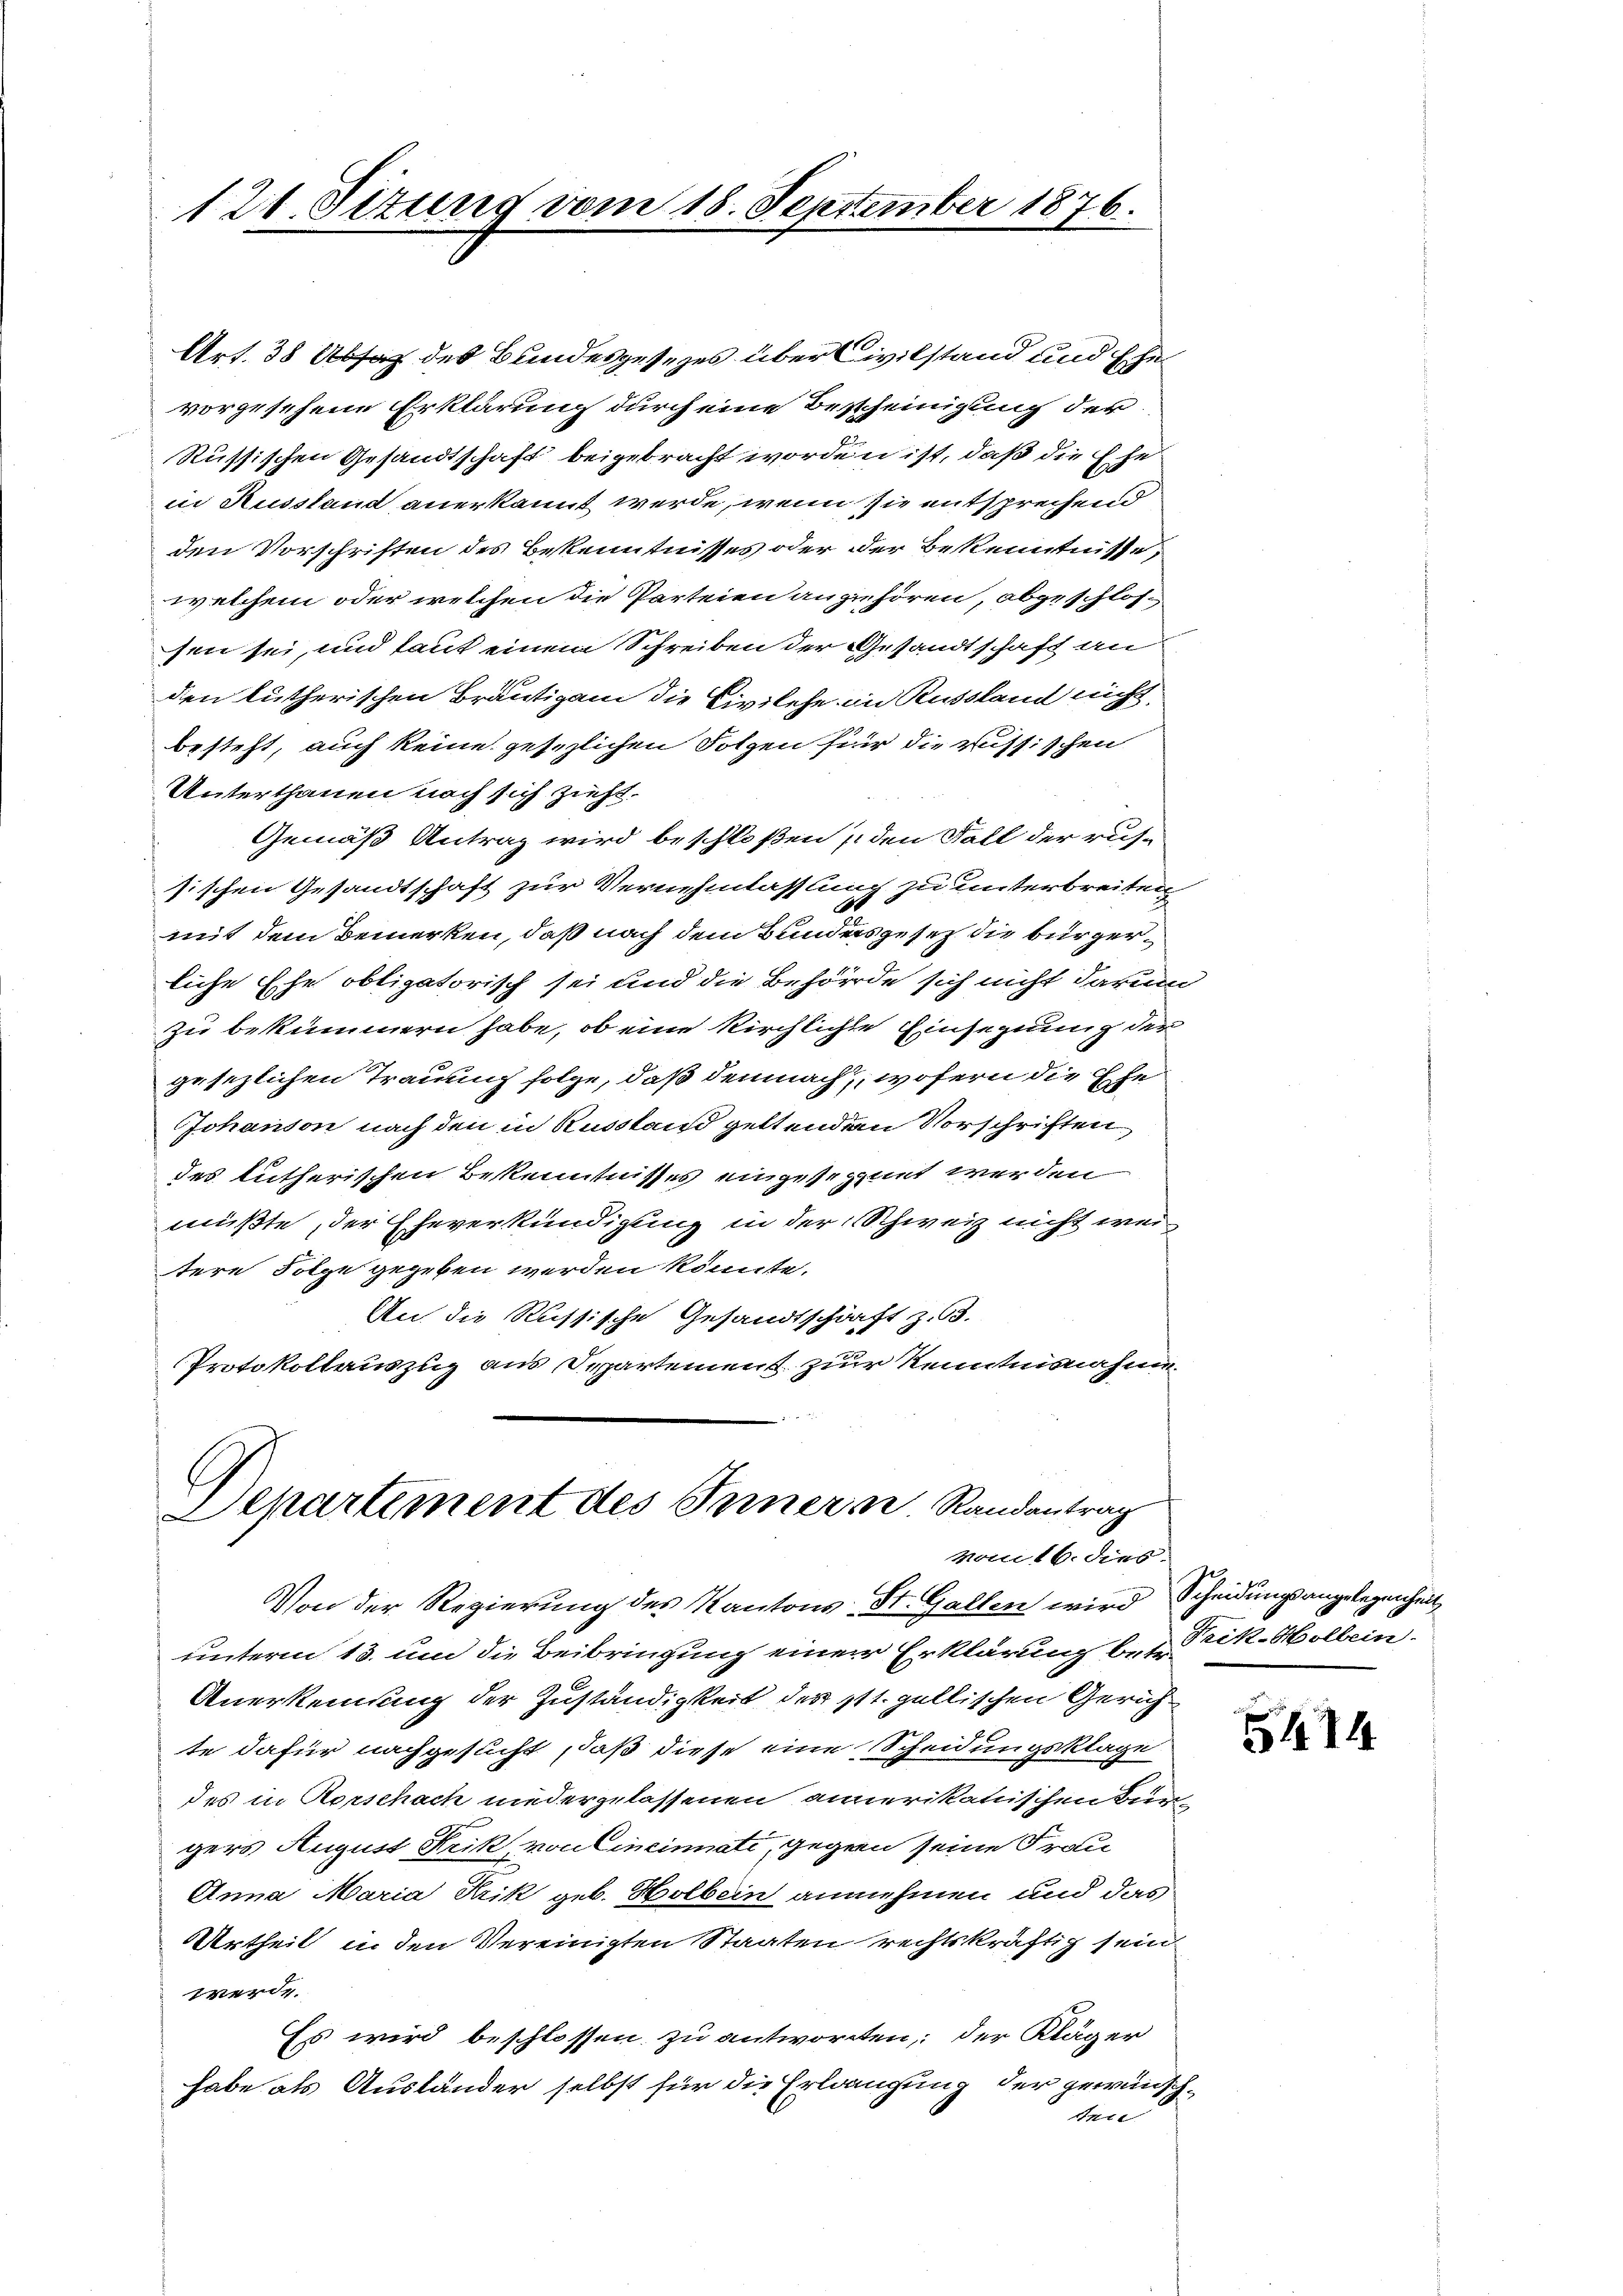
121. Situng vom 18. September 1876.

Art. 38 Absaz des Bundesgesezes über Civilstand und Ehe
vorgesehene Erklärung durch eine Bescheinigung der
Russischen Gesandtschaft beigebracht worden ist, daß die Ehe
in Ausstand anerkannt werde, wenn sie entsprechend
den Vorschriften des Bekenntnisses oder der Bekenntnisse,
welchem oder welchen die Parteien anzuhören, abgeschlossen sei, und laut einem Schreiben der Gesandtschaft an
den lutherischen Bräutigam die Civilehe in Russland nicht
besteht, auch keine gesezlichen Folgen für die russischen
Unterthanen noch sich zieht.
Gemäß Antrag wird beschloßen (den Fall der rus-
sischen Gesandtschaft zur Vernehmlassung zu unterbreiten
d
mit dem Bemerken, daß nach dem Bundesgesetz die bürgerliche Eche obligatorisch sei und die Behörde sich nicht darum
zu bekümmern habe, ob eine Kirchlichte Einsegnung der
gesezlichen Trauung folge, daß demnach, wofern die Ehe
Johanson nach den in Russtand geltendem Vorschriften
des Lutherischen Bekenntnisses eingesegnet werden
müßte, der Eheverkündigung in der Schweiz nicht weitere Folge gegeben werden könnte.
An die Russische Gesandtschärft z. B.
Protokollauszug aus Departement zur Kenntnisnahmen

Departement des Innern. Randantrag
vom 16. dies

Von der Regierung des Kantons St. Gallen wird Scheidungsangelegenheit
unterm 13. um die Beibringung einer Erklärung bei Trik-Holbein.
Anerkennung der Zuständigkeit des 11t. gallischen Gerichte dafür nachgesucht, daß diese eine Scheidungsklage
des in Rorschach niederzulassenen anmerikanischen Bürgers August Krik, von Cincinati, gegen seine Frau
Anna Maria Hrik geb. Holbein annehmen und das
Urtheil in den Vereinigten Staaten rechtskräftig sein
werde.
Es wird beschlossen zu antworten, der Kläger
habe als Ausländer selbst für die Erlangung der gewünschseit

544